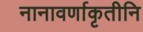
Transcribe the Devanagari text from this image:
नानावर्णाकृतीनि